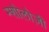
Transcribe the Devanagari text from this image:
म्शोलोज़ी